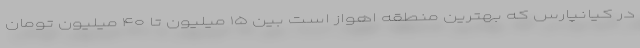
در کیانپارس که بهترین منطقه اهواز است بین ۱۵ میلیون تا ۴۰ میلیون تومان